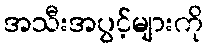
အသီးအပွင့်များကို